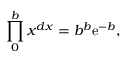
\prod _ { 0 } ^ { b } x ^ { d x } = b ^ { b } \mathrm { { e } } ^ { - b } ,